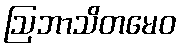
ဩဘာသိတမေဝ